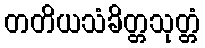
တတိယသံခိတ္တသုတ္တံ